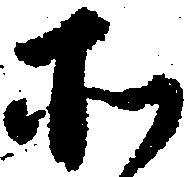
そ